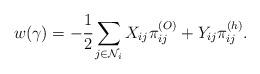
LaTeX: \begin{align*}w(\gamma) = -\cfrac{1}{2}\sum_{j \in \mathcal{N}_i} X_{ij}\pi^{(O)}_{ij}+Y_{ij}\pi^{(h)}_{ij}.\end{align*}